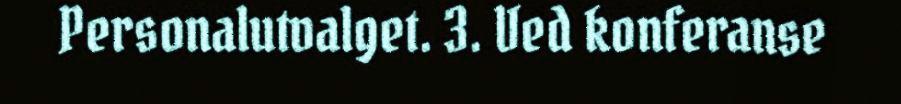
Personalutvalget. 3. Ved konferanse